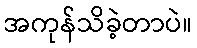
အကုန်သိခဲ့တာပဲ။